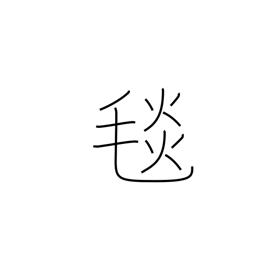
Meaning: wool rug